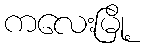
ကလေးမြို့